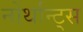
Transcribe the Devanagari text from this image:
नोर्थान्ट्स